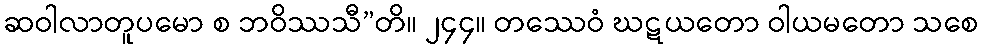
ဆဝါလာတူပမော စ ဘဝိဿသီ”တိ။ ၂၄၄။ တဿေဝံ ဃဋယတော ဝါယမတော သစေ